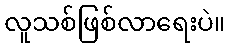
လူသစ်ဖြစ်လာရေးပဲ။